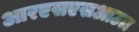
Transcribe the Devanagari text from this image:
आरएसएसआउल